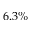
6 . 3 \%